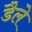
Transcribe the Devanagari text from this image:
डैले